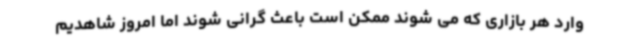
وارد هر بازاری که می شوند ممکن است باعث گرانی شوند اما امروز شاهدیم